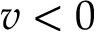
v < 0